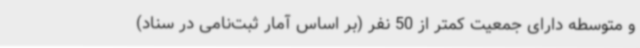
و متوسطه دارای جمعیت کمتر از 50 نفر (بر اساس آمار ثبت‌نامی در سناد)